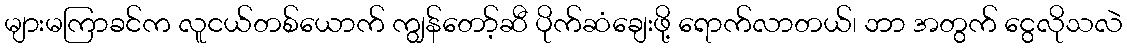
များမကြာခင်က လူငယ်တစ်ယောက် ကျွန်တော့်ဆီ ပိုက်ဆံချေးဖို့ ရောက်လာတယ်၊ ဘာ အတွက် ငွေလိုသလဲ